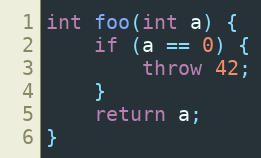
Language: C++
int foo(int a) {
    if (a == 0) {
        throw 42;
    }
    return a;
}